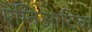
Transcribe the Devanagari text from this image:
ऐम्निआटिक